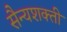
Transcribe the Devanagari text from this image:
सैन्यशक्ती